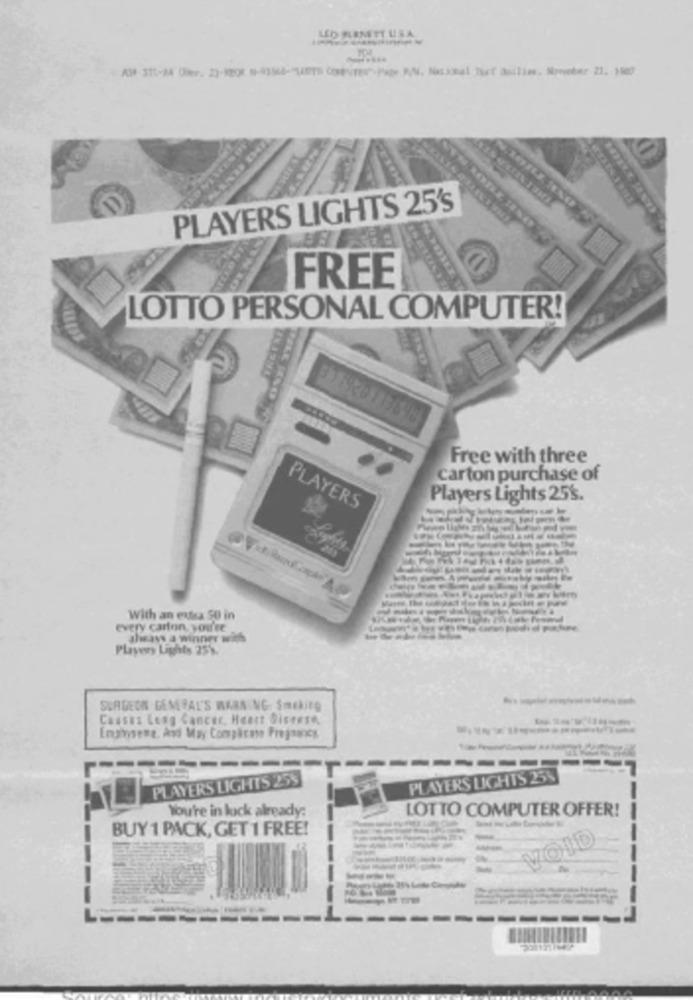
LED HANETT USA
PLAYERS LIGHTS 25's
FREE
LOTTO PERSONAL COMPUTER!
978920113698
Free with three
carton purchase of
Players Lights 25's.
PLAYERS
With an extra 50 in
every carton, you're
ahsays a winner with
Players Lights 259.
SURGEON GENERAL'S WARN NG- Smekite
Causas Lung Cancer, Heart Sistese
Enginsene, And May Complicate Pregnancy
PLAYERS LIGHTS 255
PLAYERS LIGHTS 25%
-
You're in luck already:
LOTTO COMPUTER OFFER!
BUY 1 PACK, GET 1 FREE!
VOLD
-
---
----
--------